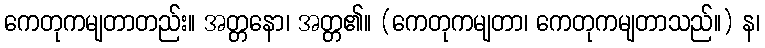
ကေတုကမျတာတည်း။ အတ္တနော၊ အတ္တ၏။ (ကေတုကမျတာ၊ ကေတုကမျတာသည်။) န၊